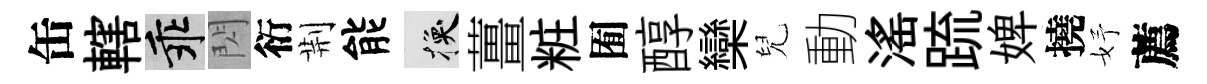
缶轄乖閃衍荆能换薑粧囿醇欒兒動滛䟽婢撓妤薦